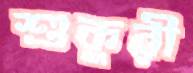
শুকুরী